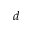
d